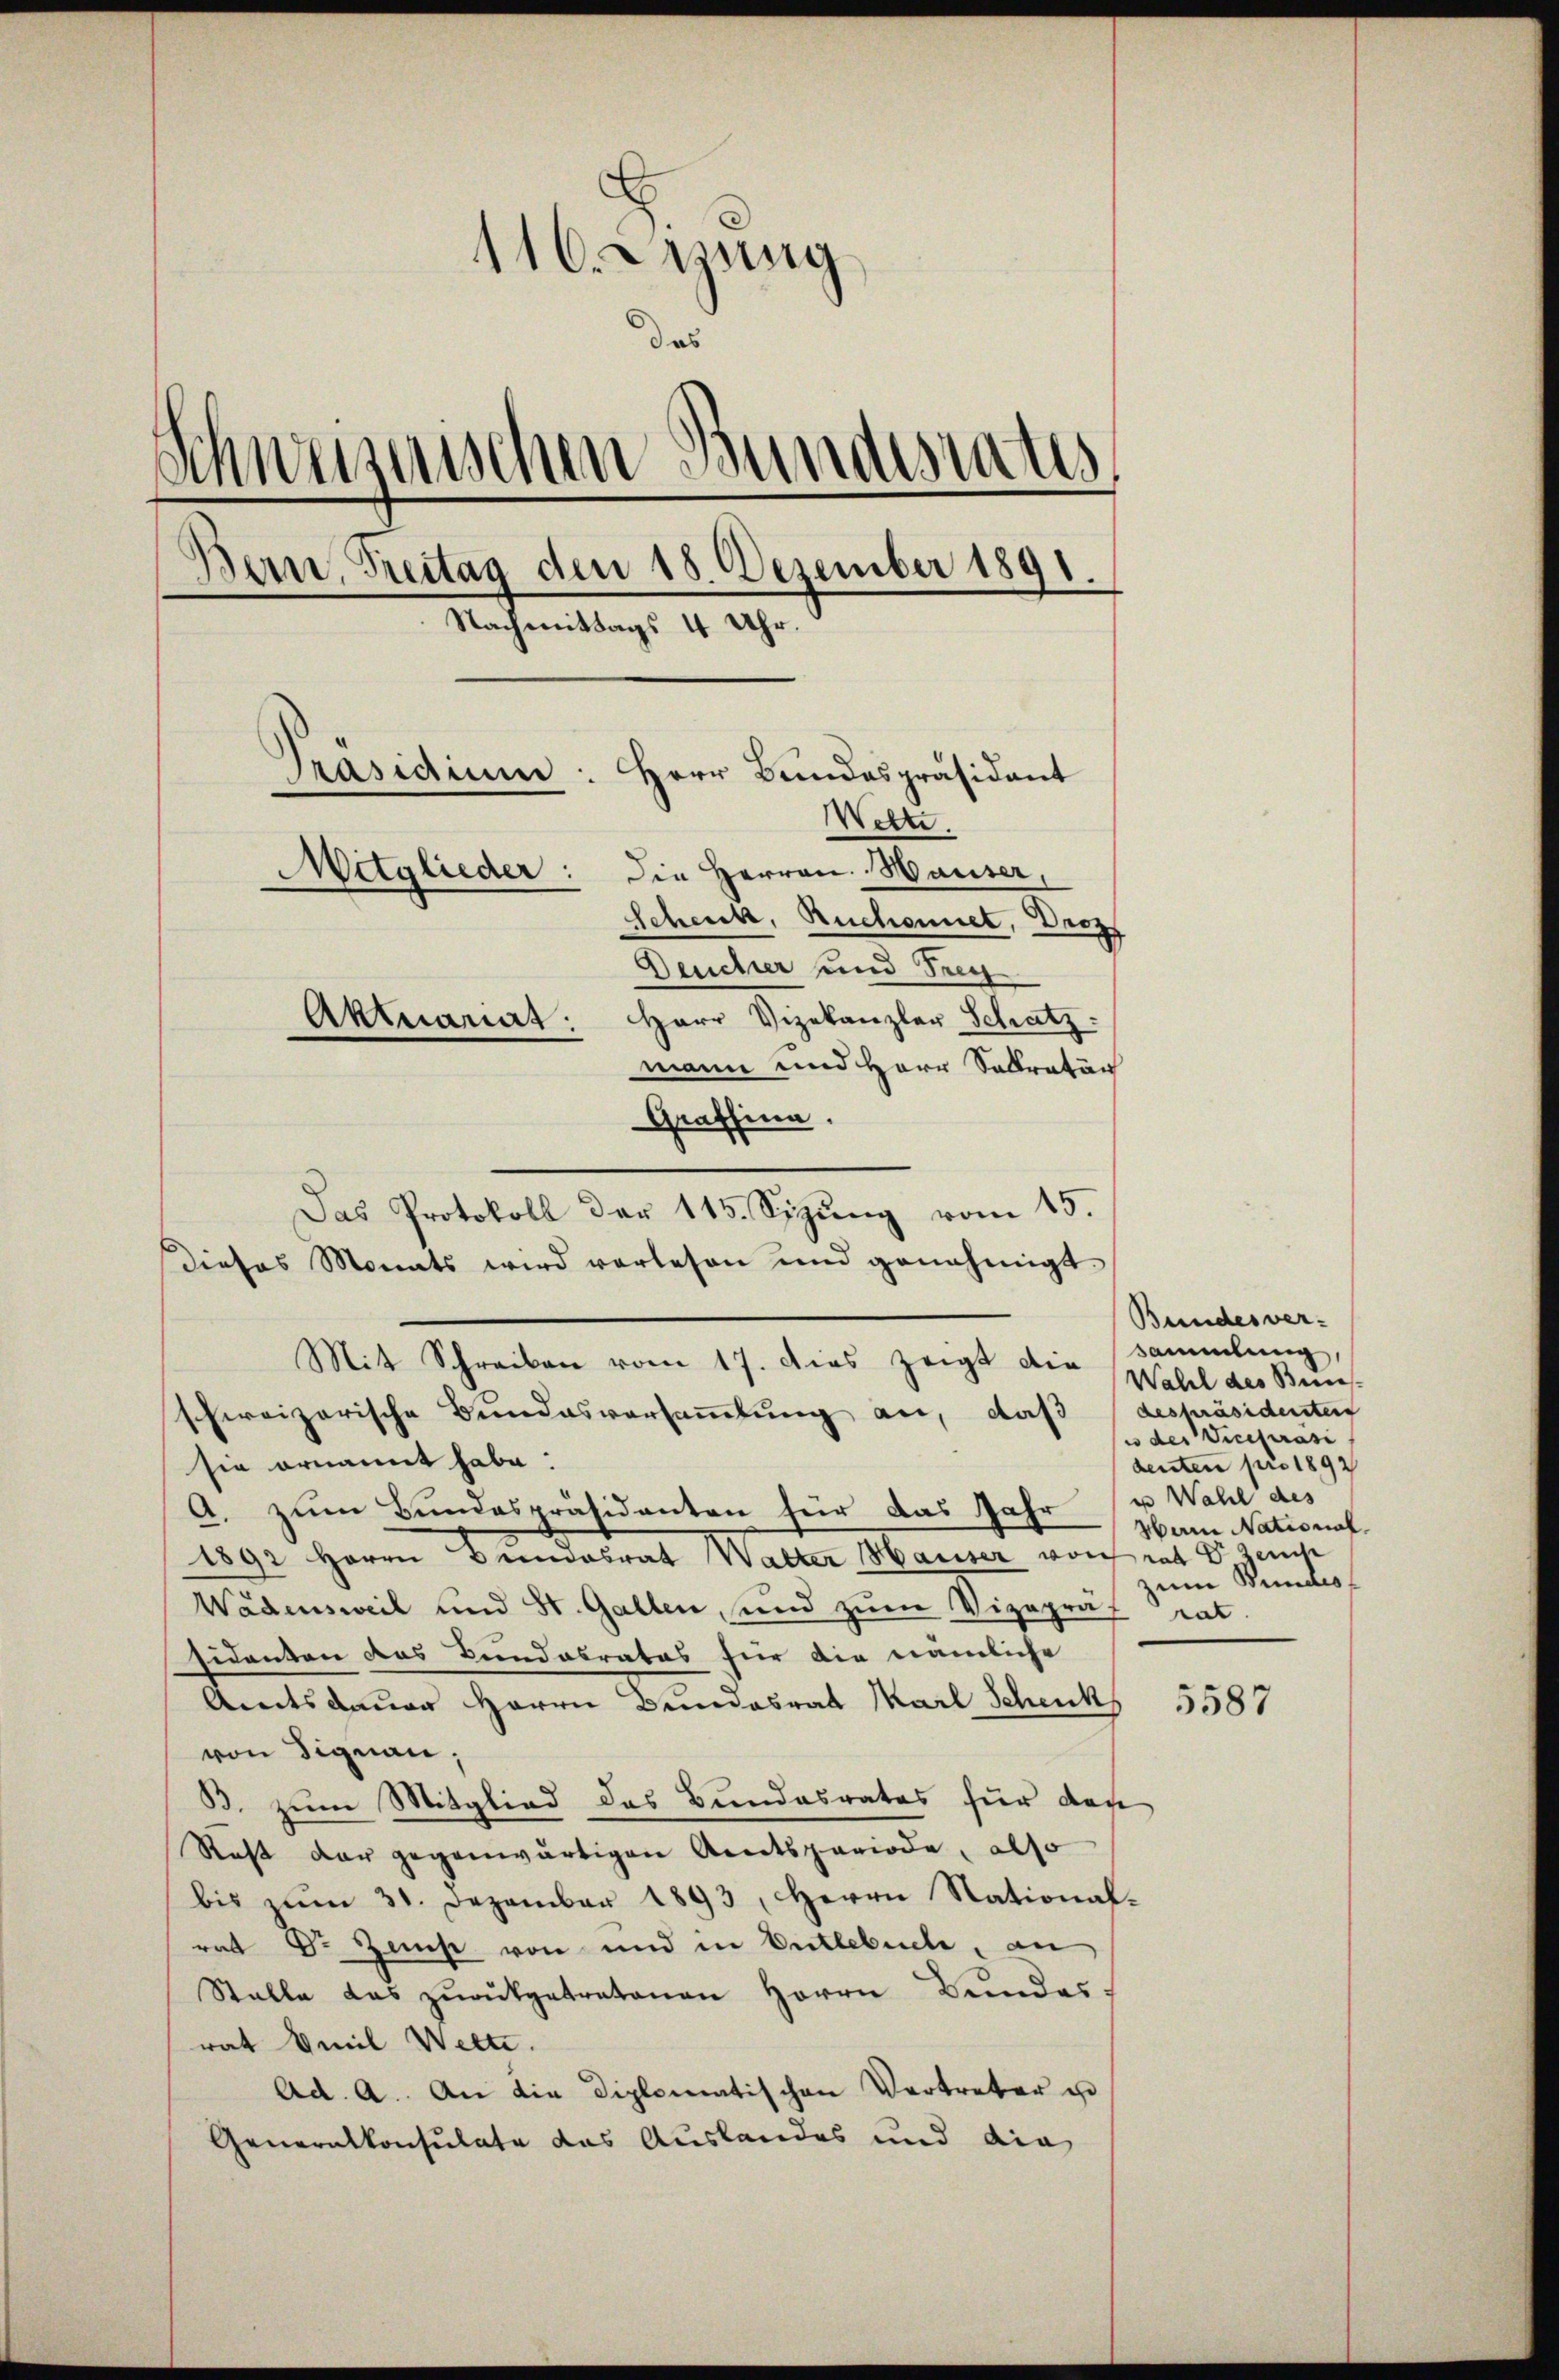
116. Sitzung
das
Schweizerischen Bundesrates
Bern, Freitag den 18. Dezember 1891.
Nachmittags 4 Uhr.
Präsidium: Herr Bundespräsident
Wette.
Mitglieder: Die Herren Hauser,
Schenk, Ruchennet, Droz
Deucher und Frey
Aktuariat: Herr Vizekanzler Schatz.
mann und Herr Seltratun

Grafsinn.
Das Protokoll der 115. Sizung vom 15.
Dieses Monats wird vorlesen und genehmigt.
Mit Schreiben vom 17. dies zeigt die Wahl des Bun-
schweizerische Bundesversammlung an, daß (despräsidenten
sie ernannt habe:
A. zum Bundespräsidenten für das Jahr u Wahl des
1892 Herrn Bundesrat Walter Hauser von rat emp
Wädensweil und St. Gallen, und zum Vizepräs rat.
sidenten das Bundesrates für die nämliche
Amtsdauer Herrn Bundesrat Karl Schenk,
von Signau;
B. zum Mitglied des Bundesrates für den
Rast dar gegenwärtigen Amtsperiode, also
bis zŭm 31. Dezember 1893, Herrn Stational-
rat Dr. Zams von und in Entlebuche, an
Stalle das zŭrückgetretenen Herrn Bŭndes-
rat Emil Wette.
Ad. A. An die Diplomatischen Vertreter u
Generalkonsulate das Auslandes und die

Bundesver-
sammlung,
i der Vicepräsi
denten pro 1892
Main National.
zum Bundes

5587